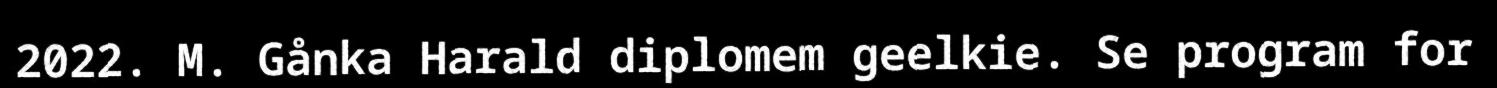
2022. M. Gånka Harald diplomem geelkie. Se program for